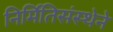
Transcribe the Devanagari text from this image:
निर्मितिसंस्थेने